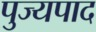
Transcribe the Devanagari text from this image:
पुज्यपाद